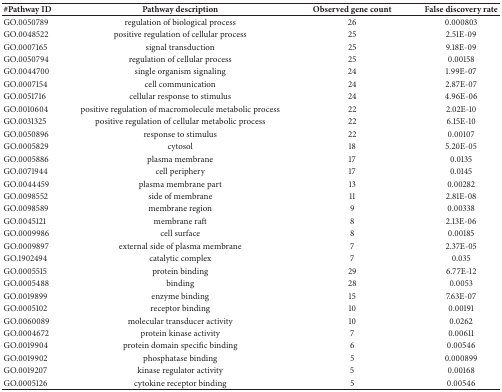
<table><thead><tr><td><b>#Pathway ID</b></td><td><b>Pathway description</b></td><td><b>Observed gene count</b></td><td><b>False discovery rate</b></td></tr></thead><tbody><tr><td>GO.0050789</td><td>regulation of biological process</td><td>26</td><td>0.000803</td></tr><tr><td>GO.0048522</td><td>positive regulation of cellular process</td><td>25</td><td>2.51E-09</td></tr><tr><td>GO.0007165</td><td>signal transduction</td><td>25</td><td>9.18E-09</td></tr><tr><td>GO.0050794</td><td>regulation of cellular process</td><td>25</td><td>0.00158</td></tr><tr><td>GO.0044700</td><td>single organism signaling</td><td>24</td><td>1.99E-07</td></tr><tr><td>GO.0007154</td><td>cell communication</td><td>24</td><td>2.87E-07</td></tr><tr><td>GO.0051716</td><td>cellular response to stimulus</td><td>24</td><td>4.96E-06</td></tr><tr><td>GO.0010604</td><td>positive regulation of macromolecule metabolic process</td><td>22</td><td>2.02E-10</td></tr><tr><td>GO.0031325</td><td>positive regulation of cellular metabolic process</td><td>22</td><td>6.15E-10</td></tr><tr><td>GO.0050896</td><td>response to stimulus</td><td>22</td><td>0.00107</td></tr><tr><td>GO.0005829</td><td>cytosol</td><td>18</td><td>5.20E-05</td></tr><tr><td>GO.0005886</td><td>plasma membrane</td><td>17</td><td>0.0135</td></tr><tr><td>GO.0071944</td><td>cell periphery</td><td>17</td><td>0.0145</td></tr><tr><td>GO.0044459</td><td>plasma membrane part</td><td>13</td><td>0.00282</td></tr><tr><td>GO.0098552</td><td>side of membrane</td><td>11</td><td>2.81E-08</td></tr><tr><td>GO.0098589</td><td>membrane region</td><td>9</td><td>0.00338</td></tr><tr><td>GO.0045121</td><td>membrane raft</td><td>8</td><td>2.13E-06</td></tr><tr><td>GO.0009986</td><td>cell surface</td><td>8</td><td>0.00185</td></tr><tr><td>GO.0009897</td><td>external side of plasma membrane</td><td>7</td><td>2.37E-05</td></tr><tr><td>GO.1902494</td><td>catalytic complex</td><td>7</td><td>0.035</td></tr><tr><td>GO.0005515</td><td>protein binding</td><td>29</td><td>6.77E-12</td></tr><tr><td>GO.0005488</td><td>binding</td><td>28</td><td>0.0053</td></tr><tr><td>GO.0019899</td><td>enzyme binding</td><td>15</td><td>7.63E-07</td></tr><tr><td>GO.0005102</td><td>receptor binding</td><td>10</td><td>0.00191</td></tr><tr><td>GO.0060089</td><td>molecular transducer activity</td><td>10</td><td>0.0262</td></tr><tr><td>GO.0004672</td><td>protein kinase activity</td><td>7</td><td>0.00611</td></tr><tr><td>GO.0019904</td><td>protein domain specific binding</td><td>6</td><td>0.00546</td></tr><tr><td>GO.0019902</td><td>phosphatase binding</td><td>5</td><td>0.000899</td></tr><tr><td>GO.0019207</td><td>kinase regulator activity</td><td>5</td><td>0.00168</td></tr><tr><td>GO.0005126</td><td>cytokine receptor binding</td><td>5</td><td>0.00546</td></tr></tbody></table>